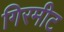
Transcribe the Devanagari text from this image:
गिरमीट